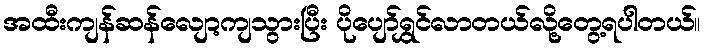
အထီးကျန်ဆန်လျော့ကျသွားပြီး ပိုပျော်ရွှင်လာတယ်လို့တွေ့ရပါတယ်။